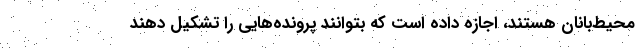
محیط‌بانان هستند، اجازه داده است که بتوانند پرونده‌هایی را تشکیل دهند